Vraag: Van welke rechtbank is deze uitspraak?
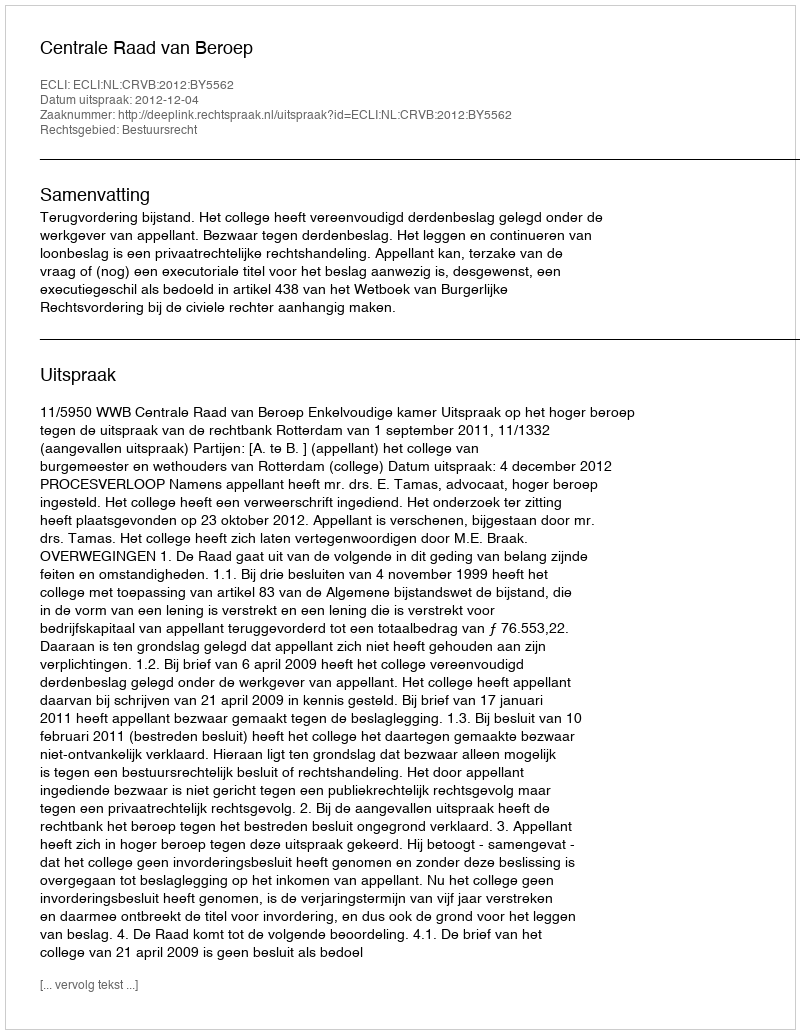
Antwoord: Centrale Raad van Beroep